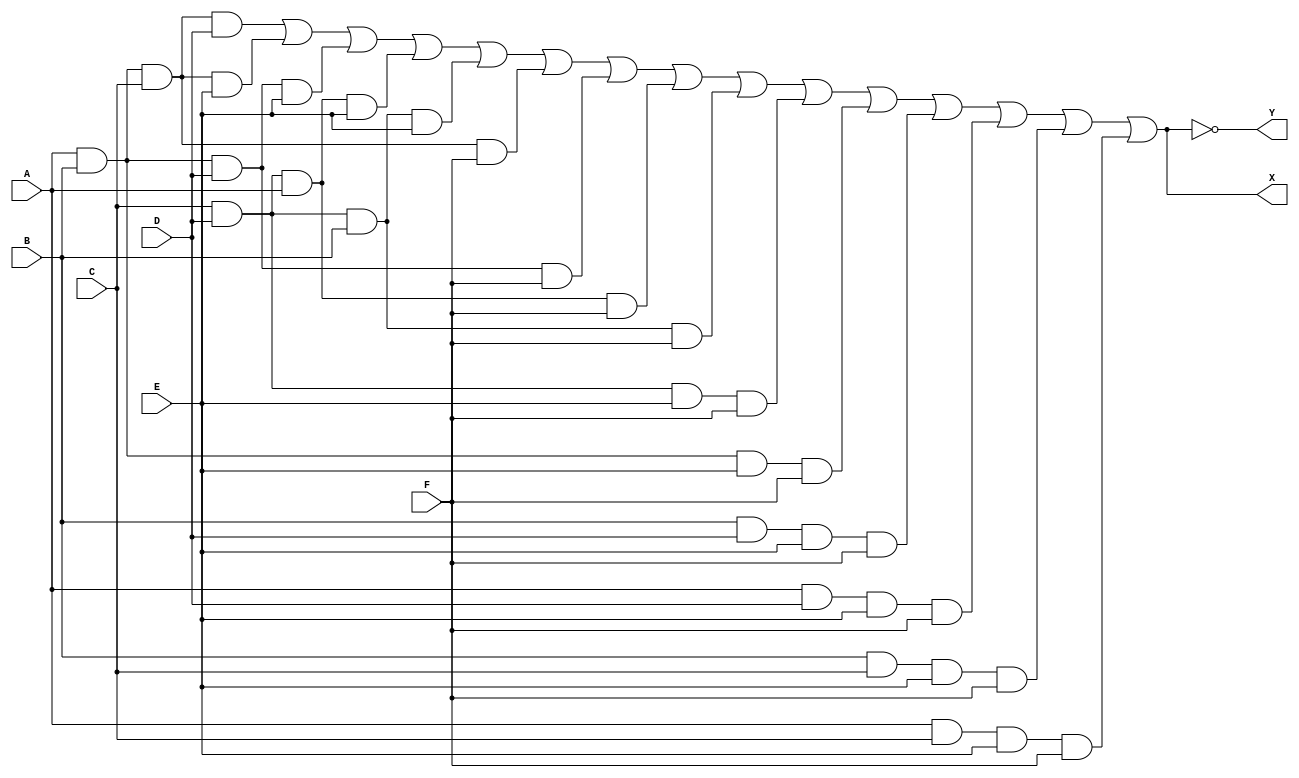
module Problem2(
    input A,
    input B,
    input C,
    input D,
    input E,
    input F,
    output X,
    output Y
    );
    
    assign X = (A & B & C & D) | (A & B & C & E) | (A & B & D & E) | (C & D & A & E) | (C & D & B & E) | (A & B & C & F) | (A & B & D & F) | (C & D & A & F) | (C & D & B & F) | (C & D & E & F) | (A & B & E & F) | (B & D & E & F) | (A & D & E & F) | (B & C & E & F) | (A & C & E & F);
    assign Y = ~((A & B & C & D) | (A & B & C & E) | (A & B & D & E) | (C & D & A & E) | (C & D & B & E) | (A & B & C & F) | (A & B & D & F) | (C & D & A & F) | (C & D & B & F) | (C & D & E & F) | (A & B & E & F) | (B & D & E & F) | (A & D & E & F) | (B & C & E & F) | (A & C & E & F));
endmodule